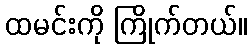
ထမင်းကို ကြိုက်တယ်။